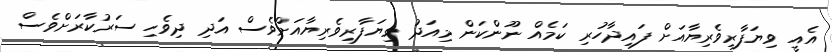
އެއީ ވިޔަފާރިވެރިޔާއަށް ފައިދާހުރި ކަމެއް ނޫންކަން މިއަދު ވިޔަފާރިވެރިޔާއަށްވެސް އަދި ދިވެހި ސަރުކާރަށްވެސް